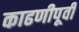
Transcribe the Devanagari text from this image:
काढणीपूर्वी